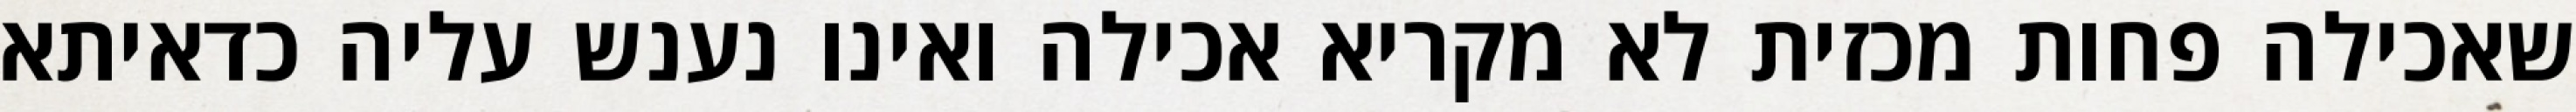
שאכילה פחות מכזית לא מקריא אכילה ואינו נענש עליה כדאיתא